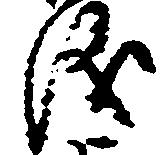
儀